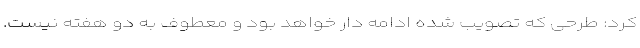
کرد: طرحی که تصویب شده ادامه دار خواهد بود و معطوف به دو هفته نیست.